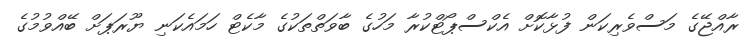
ރާއްޖޭގެ މަސްވެރިކަން ފުޅާކޮށް އެކްސްޕޯޓްކުރާ މަހުގެ ބާވަތްތަކުގެ މާކެޓް ހަމައެކަނި ޔޫރަޕަށް ބޭއްވުމުގެ